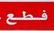
فطع